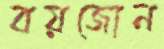
বয়জোন